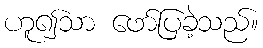
ဟူ၍သာ ဖော်ပြခဲ့သည်။